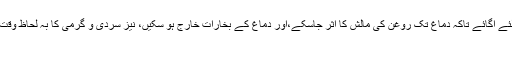
سر پر بال اِس لئے اُگائے تاکہ دماغ تک روغن کی مالِش کا اثر جاسکے،اور دماغ کے بُخارات خارج ہو سکیں، نیز سردی و گرمی کا بہ لحاظِ وقت لباس بن جائے
۳)۔